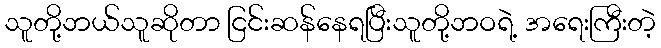
သူတို့ဘယ်သူဆိုတာ ငြင်းဆန်နေရပြီးသူတို့ဘဝရဲ့ အရေးကြီးတဲ့